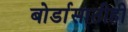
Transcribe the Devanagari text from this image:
बोर्डासाठीही